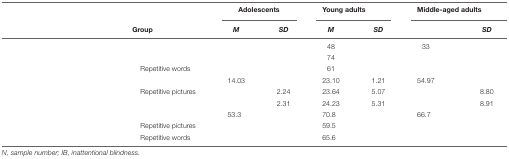
<table><thead><tr><td>[EMPTY_CELL]</td><td colspan="2">[EMPTY_CELL]</td><td colspan="2"><b>Adolescents</b></td><td colspan="2"><b>Young adults</b></td><td colspan="2"><b>Middle-aged adults</b></td></tr><tr><td>[EMPTY_CELL]</td><td colspan="2"><b>Group</b></td><td><b><i>M</i></b></td><td><b><i>SD</i></b></td><td><b><i>M</i></b></td><td><b><i>SD</i></b></td><td>[EMPTY_CELL]</td><td><b><i>SD</i></b></td></tr></thead><tbody><tr><td>[EMPTY_CELL]</td><td colspan="2">[EMPTY_CELL]</td><td>[EMPTY_CELL]</td><td>[EMPTY_CELL]</td><td>48</td><td>[EMPTY_CELL]</td><td>33</td><td>[EMPTY_CELL]</td></tr><tr><td>[EMPTY_CELL]</td><td>[EMPTY_CELL]</td><td>[EMPTY_CELL]</td><td>[EMPTY_CELL]</td><td>[EMPTY_CELL]</td><td>74</td><td>[EMPTY_CELL]</td><td>[EMPTY_CELL]</td><td>[EMPTY_CELL]</td></tr><tr><td>[EMPTY_CELL]</td><td>[EMPTY_CELL]</td><td>Repetitive words</td><td>[EMPTY_CELL]</td><td>[EMPTY_CELL]</td><td>61</td><td>[EMPTY_CELL]</td><td>[EMPTY_CELL]</td><td>[EMPTY_CELL]</td></tr><tr><td>[EMPTY_CELL]</td><td colspan="2">[EMPTY_CELL]</td><td>14.03</td><td>[EMPTY_CELL]</td><td>23.10</td><td>1.21</td><td>54.97</td><td>[EMPTY_CELL]</td></tr><tr><td>[EMPTY_CELL]</td><td>[EMPTY_CELL]</td><td>Repetitive pictures</td><td>[EMPTY_CELL]</td><td>2.24</td><td>23.64</td><td>5.07</td><td>[EMPTY_CELL]</td><td>8.80</td></tr><tr><td>[EMPTY_CELL]</td><td>[EMPTY_CELL]</td><td>[EMPTY_CELL]</td><td>[EMPTY_CELL]</td><td>2.31</td><td>24.23</td><td>5.31</td><td>[EMPTY_CELL]</td><td>8.91</td></tr><tr><td>[EMPTY_CELL]</td><td colspan="2">[EMPTY_CELL]</td><td>53.3</td><td>[EMPTY_CELL]</td><td>70.8</td><td>[EMPTY_CELL]</td><td>66.7</td><td>[EMPTY_CELL]</td></tr><tr><td>[EMPTY_CELL]</td><td>[EMPTY_CELL]</td><td>Repetitive pictures</td><td>[EMPTY_CELL]</td><td>[EMPTY_CELL]</td><td>59.5</td><td>[EMPTY_CELL]</td><td>[EMPTY_CELL]</td><td>[EMPTY_CELL]</td></tr><tr><td>[EMPTY_CELL]</td><td>[EMPTY_CELL]</td><td>Repetitive words</td><td>[EMPTY_CELL]</td><td>[EMPTY_CELL]</td><td>65.6</td><td>[EMPTY_CELL]</td><td>[EMPTY_CELL]</td><td>[EMPTY_CELL]</td></tr></tbody></table>